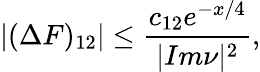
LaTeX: |(\Delta F)_{12}|\leq\frac{c_{12}e^{-x/4}}{|Im\nu|^{2}},